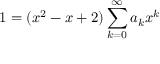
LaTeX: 1 = ( x ^ { 2 } - x + 2 ) \sum _ { k = 0 } ^ { \infty } a _ { k } x ^ { k }